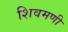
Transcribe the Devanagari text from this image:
शिवमणी